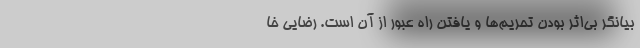
بیانگر بی‌اثر بودن تحریم‌ها و یافتن راه عبور از آن است. ‌رضایی خا